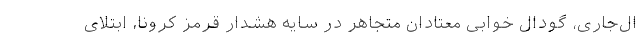
ال‌جاری، گودال خوابی معتادان متجاهر در سایه هشدار قرمز کرونا، ابتلای